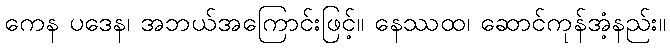
ကေန ပဒေန၊ အဘယ်အကြောင်းဖြင့်။ နေဿထ၊ ဆောင်ကုန်အံ့နည်း။